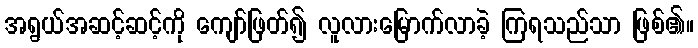
အရွယ်အဆင့်ဆင့်ကို ကျော်ဖြတ်၍ လူလားမြောက်လာခဲ့ ကြရသည်သာ ဖြစ်၏။